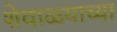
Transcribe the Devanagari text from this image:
शेवाळ्याच्या